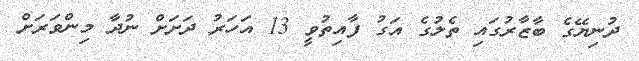
ދުނިޔޭގެ ބާޒާރުގައި ތެލުގެ އަގު ފާއިތުވީ 13 އަހަރު ދަށަށް ނުދާ މިންވަރަށް